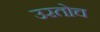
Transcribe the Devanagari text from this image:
उरतोच